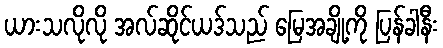
ယားသလိုလို အလ်ဆိုင်ယဒ်သည် မြေအချို့ကို ပြန်ခါနီး